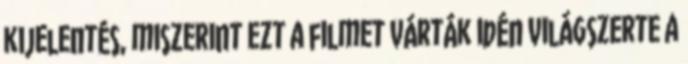
kijelentés, miszerint ezt a filmet várták idén világszerte a